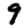
Digit: 9